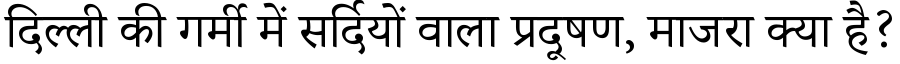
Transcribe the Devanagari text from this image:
दिल्ली की गर्मी में सर्दियों वाला प्रदूषण, माजरा क्या है?